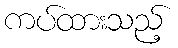
ကပ်ထားသည့်